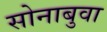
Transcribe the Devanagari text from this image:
सोनाबुवा